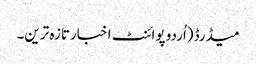
میڈرڈ(اُردو پوائنٹ اخبارتازہ ترین۔